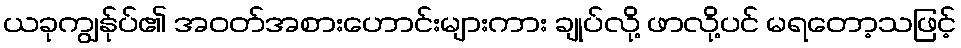
ယခုကျွန်ုပ်၏ အဝတ်အစားဟောင်းများကား ချုပ်လို့ ဖာလို့ပင် မရတော့သဖြင့်